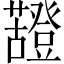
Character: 𧃵